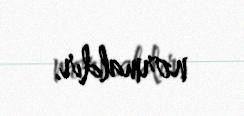
normaldır.